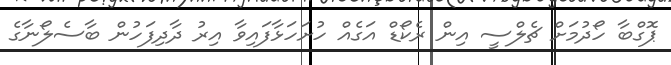
ޕޮގްބާ ހޯދުމަށް ޗެލްސީ އިން ރެކޯޑް އަގެއް ހުށަހަޅާފައިވާ އިރު ދާދިފަހުން ބާސެލޯނާގެ